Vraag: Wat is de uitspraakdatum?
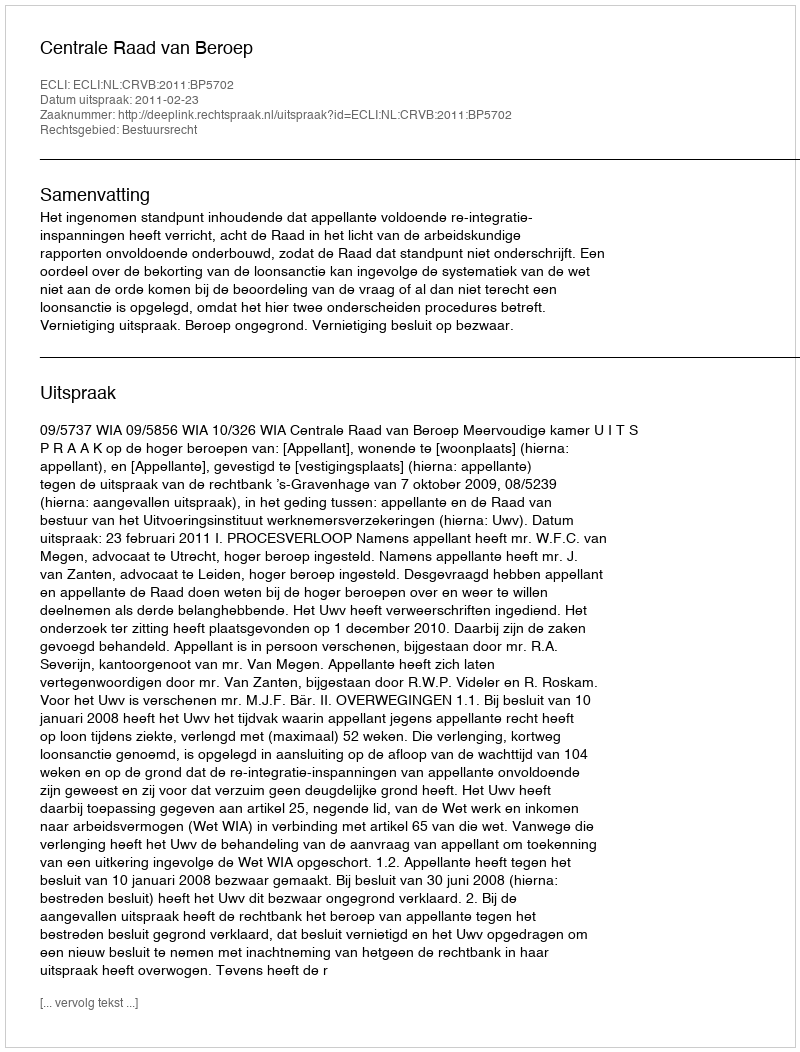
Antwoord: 2011-02-23